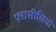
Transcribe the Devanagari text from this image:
फ़्रासीसियों